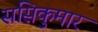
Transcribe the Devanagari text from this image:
ससिकुमार